Medical and sanitary report on the native army of Bombay for the year
Year: 1877
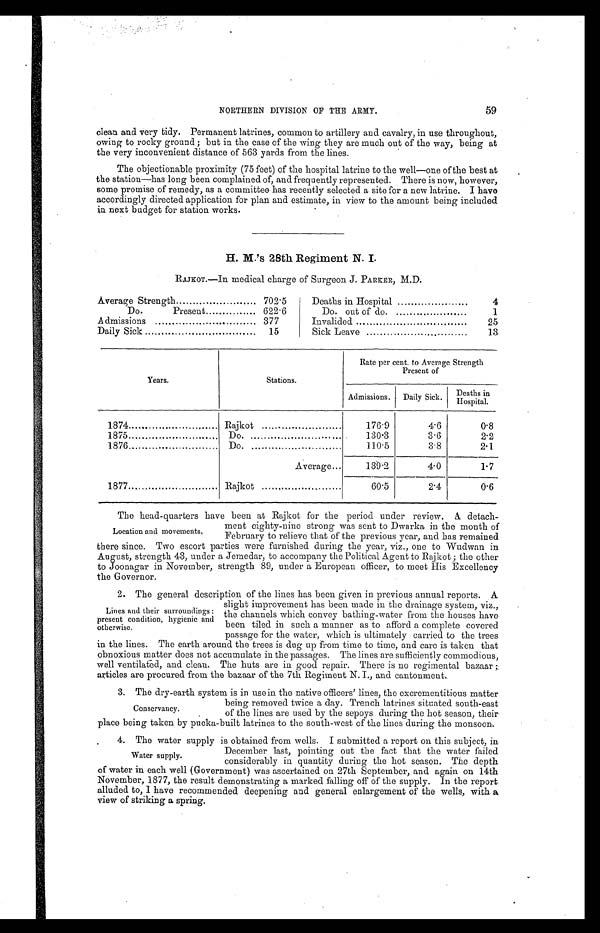
NORTHERN DIVISION OF THE ARMY.
59
clean and very tidy. Permanent latrines, common to artillery and cavalry, in use throughout,
owing to rocky ground ; but in the case of the wing they are much out of the way, being at
the very inconvenient distance of 563 yards from the lines.
The objectionable proximity (75 feet) of the hospital latrine to the well—one of the best at
the station—has long been complained of, and frequently represented. There is now, however,
some promise of remedy, as a committee has recently selected a site for a new latrine. I have
accordingly directed application for plan and estimate, in view to the amount being included
in next budget for station works.
H. M.'s 28th Regiment N. I.
RAJKOT.—In medical charge of Surgeon J. PARKER., M.D.
Average Strength
702.5
Deaths in Hospital
4
Do.
Present
622.6
Do. out of do.
1
Admissions
377
Invalided ...
25
Daily Sick
15
Sick Leave
13
Years.
Stations.
Rate per cent. to Average Strength
Present of
Admissions.
Daily Sick.
Deaths in
H o s p i t a l .
1874
Rajkot
176.9
4.6
0.8
1875
Do.
130.3
3.6
2.2
1876
Do.
110.5
3.8
2.1
Average...
139.2
4.0
1.7
1877
Rajkot
60.5
2.4
0.6
Location and movements
.
The head-quarters have been at Rajkot for the period under review. A. detach-
ment eighty-nine strong was sent to Dwarka in the month of
February to relieve that of the previous year, and has remained
there since. Two escort parties were furnished during the year, viz., one to Wudwan in
August, strength 43, under a Jemedar, to accompany the Political Agent to Rajkot ; the other
to Joonagar in November, strength 89, under a European officer, to meet His Excellency
the Governor.
Lines and their surroundings:
present condition, hygienic and
otherwise.
2. The general description of the lines has been given in previous annual reports. A
slight improvement has been made in the drainage system, viz.,
the channels which convey bathing-water from the houses have
been tiled in such a manner as to afford a complete covered
passage for the water, which is ultimately carried to the trees
in the lines. The earth around the trees is dug up from time to time, and care is taken that
obnoxious matter does not accumulate in the passages. The lines are sufficiently commodious,
well ventilated, and clean. The huts are in good repair. There is no regimental bazaar ;
articles are procured from the bazaar of the 7th Regiment N. I., and cantonment.
Conservancy.
3. The dry-earth system is in use in the native officers' lines, the excrementitious matter
being removed twice a day. Trench latrines situated south-east
of the lines are used by the sepoys during the hot season, their
place being taken by pucka-built latrines to the south-west of the lines during the monsoon.
Water supply.
4. The water supply is obtained from wells. I submitted a report on this subject, in
December last, pointing out the fact that the water failed
considerably in quantity during the hot season. The depth
of water in each well (Government) was ascertained on 27th September, and again on 14th
November, 1877, the result demonstrating a marked falling off of the supply. In the report
alluded to, I have recommended deepening and general enlargement of the wells, with a
view of striking a spring.